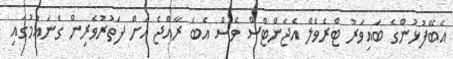
އެބޭފުޅުންގެ ބައިވަރު ޓްރެވެލް އެޖެންޓްސް ވެސް އެބަ ރާއްޖެ އަށް ފަތުރުވެރިން ގެނައުމުގައި